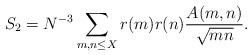
LaTeX: \begin{align*}S_2 = N^{-3} \sum_{m, n \le X} r(m) r(n) \frac{A(m,n)}{\sqrt{mn}}.\end{align*}